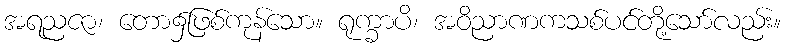
အရညဇာ၊ တော၌ဖြစ်ကုန်သော။ ရုက္ခာပိ၊ အဝိညာဏကသစ်ပင်တို့သော်လည်း။